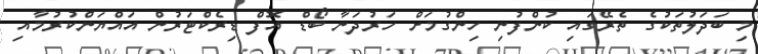
މި ބަދަލުތަކުގެ ތެރޭގައި ކުންފުނި ހިންގުމަށް ހަރުދަނާ ބޯޑް އޮފް ޑިރެކްޓަރުން އައްޔަންކުރުމާއި